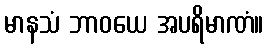
မာနသံ ဘာဝယေ အပရိမာဏံ။